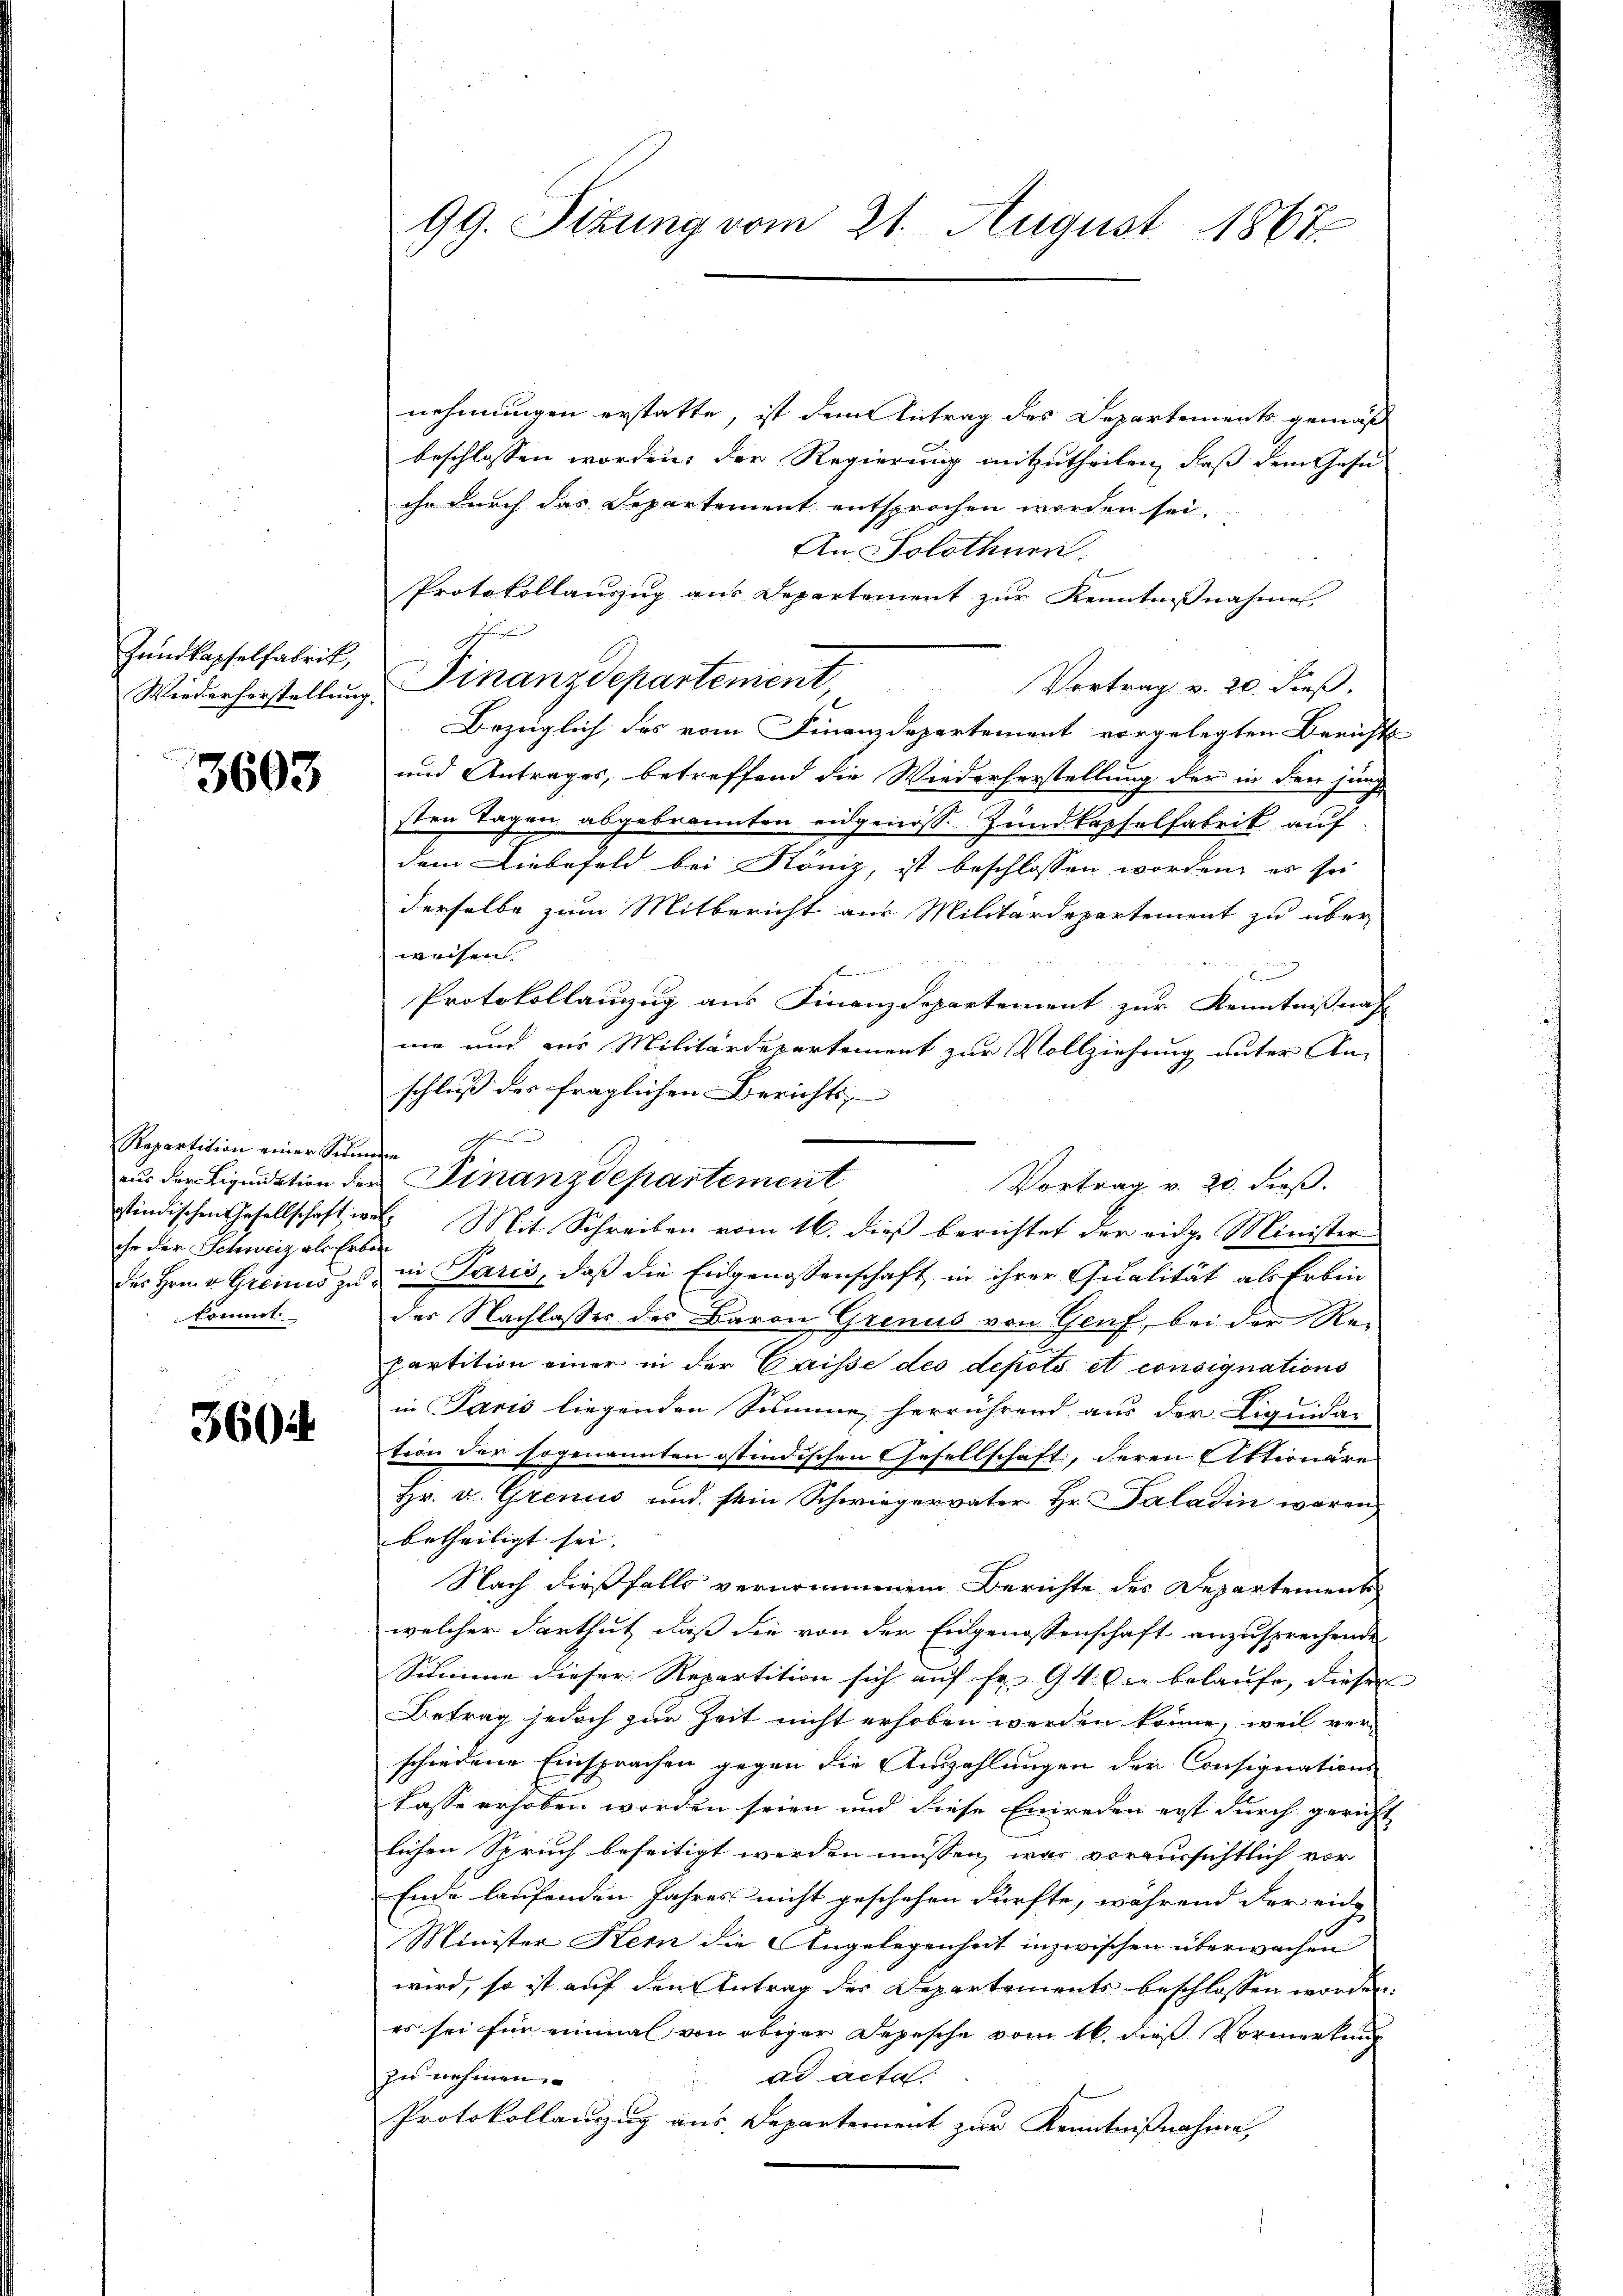
Zundkapselfabrik,

3603

nehmungen erstatte, ist dem Antrag des Departements gemäß
beschlossen worden, der Regierung mitzutheilen, daß dem Gesu
ihr durch das Departement entsprochen worden sei.
An Solothner
Protokollaŭszŭg ans Departement zŭr Kenntniβnahme.
schungen
Vortrag v. 20. dieß.
Wiederherstellung. Finanzdepartement,
Bezüglich des vom Finanzdepartement vorgelegten Bericht
und Antrages, betreffend die Wiederherstellung der in den jung
sten Tagen abgebrannten eidgenöss. Zundkapselfabrik auf
dem Liebefeld bei Köniz, ist beschlossen worden, es sei
derselbe zum Mitbericht aus Militärdepartement zu über
weisen.
f
x
Protokollauszug aus Finanzdepartement zur Kenntnißnah
me und aus Militärdepartement zur Vollziehung unter An-
schluß des fraglichen Berichts- |
aus der Liquidation der Finanzdepartement
Vortrag v. 20. dieß.
stindischen Gesellschaft wer Mit Schreiben vom 16. dieβ berichtet der eidge Minister
des Hrn. v. Greins zu in Paris, daß die Eidgenossenschaft in ihrer Qualität als Erbinder Nachlasser des Baron Grenus von Genf, bei der Repartition einer in der Caisse des depots et consignations
in Paris liegenden Summe, herrührend aus der Liquida-
tion der sogenannten istindischen Gesellschaft, deren Aktionäre
Hr. v. Grenis und sein Schwiegervater Hr. Paladin waren,
betheiligt sei. |
Nach dießfalls vernommenen Berichte des Departements
welcher darthut, daß die von der Eidgenossenschaft anzusprechende
Summe dieser Repartition sich auf fr. 94 die belaufe, dieser
Betrag jedoch zur Zeit nicht erhoben werden könne, weil vor-
schiedene Einsprachen gegen die Auszahlungen der Consigerations-
kasse erhoben worden seien und diese Einreden erst durch gericht
lichen Spruch beseitigt werden müssen, was vereinsichtlich vor
Ende laufenden Jahres nicht geschehen dürfte, während der ein-
Minister Stem die Angelegenheit inzwischen überwachen
wird, so ist auf den Antrag der Departements beschlossen worden.
es sei für einmal von obiger Depesche vom 16. dieß Vormerkung
ad acta
zu nehmen.
Protokollanzug aus Departement zur Kenntnißnahme,

Repartition einer Sinnen
che der Schweiz, als Erben
kommt.

3604

99. Sizung vom 21. August 1867.